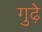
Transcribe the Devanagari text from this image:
गुढ़े